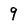
Character: 9